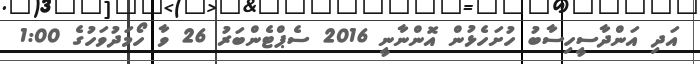
އަދި އަންދާސީހިސާބު ހުށަހެޅުން އޮންނާނީ 2016 ސެޕްޓެންބަރު 26 ވާ ހޯމަދުވަހުގެ 1:00